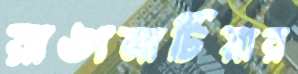
রাঙামাটিয়ার